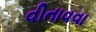
વીતાવવા